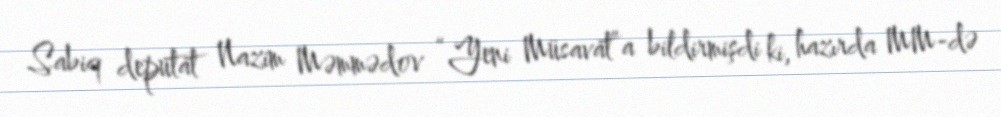
Sabiq deputat Nazim Məmmədov “Yeni Müsavat”a bildirmişdi ki, hazırda MM-də